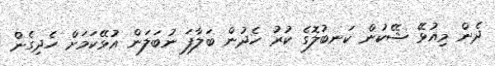
ދެން މިއުޅޭ ޝޭކުން ކަނބުލޮގެ ކުރު ހެދުން ބަލާފަ ނުބަލަން އުޅޭކަމަށް ހެދިގެން